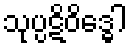
သုပ္ပဋိဝိဒ္ဓေါ